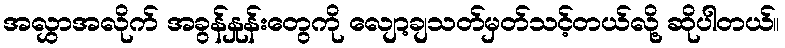
အလွှာအလိုက် အခွန်နှုန်းတွေကို လျော့ချသတ်မှတ်သင့်တယ်လို့ ဆိုပါတယ်။